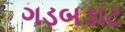
ગડબડાટ